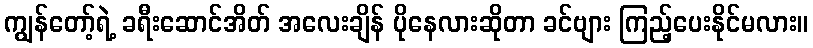
ကျွန်တော့်ရဲ့ ခရီးဆောင်အိတ် အလေးချိန် ပိုနေလားဆိုတာ ခင်ဗျား ကြည့်ပေးနိုင်မလား။